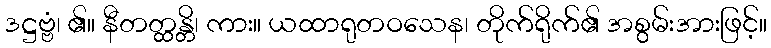
ဒဋ္ဌဗ္ဗံ၊ ၏။ နီတတ္ထန္တိ၊ ကား။ ယထာရုတဝသေန၊ တိုက်ရိုက်၏ အစွမ်းအားဖြင့်။